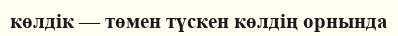
көлдік — төмен түскен көлдің орнында